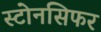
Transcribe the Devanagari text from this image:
स्टोनसिफर